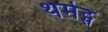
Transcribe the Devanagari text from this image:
थर्मेट्स